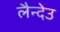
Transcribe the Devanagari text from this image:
लैन्देउ